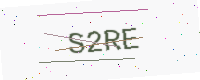
Text: S2RE